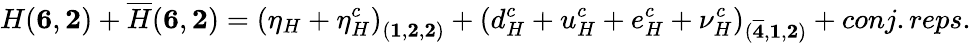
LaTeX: H({\mathbf 6},{\mathbf 2})+{\overline{{H}}}({\mathbf 6},{\mathbf 2})={({\eta_{H}}+{\eta_{H}^{c}})}_{({\mathbf 1},{\mathbf 2},{\mathbf 2})}+{({d_{H}^{c}}+{u_{H}^{c}}+{e_{H}^{c}}+{\nu_{H}^{c}})}_{({\mathbf{\overline{{4}}}},{\mathbf 1},{\mathbf 2})}+conj.reps.